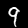
Label: 9